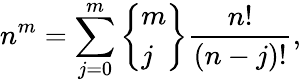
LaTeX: n^{m}=\sum_{j=0}^{m}\left\{ {\begin{array}{l}{m}\\ {j}\end{array}}\right\} {\frac{n!}{(n-j)!}},